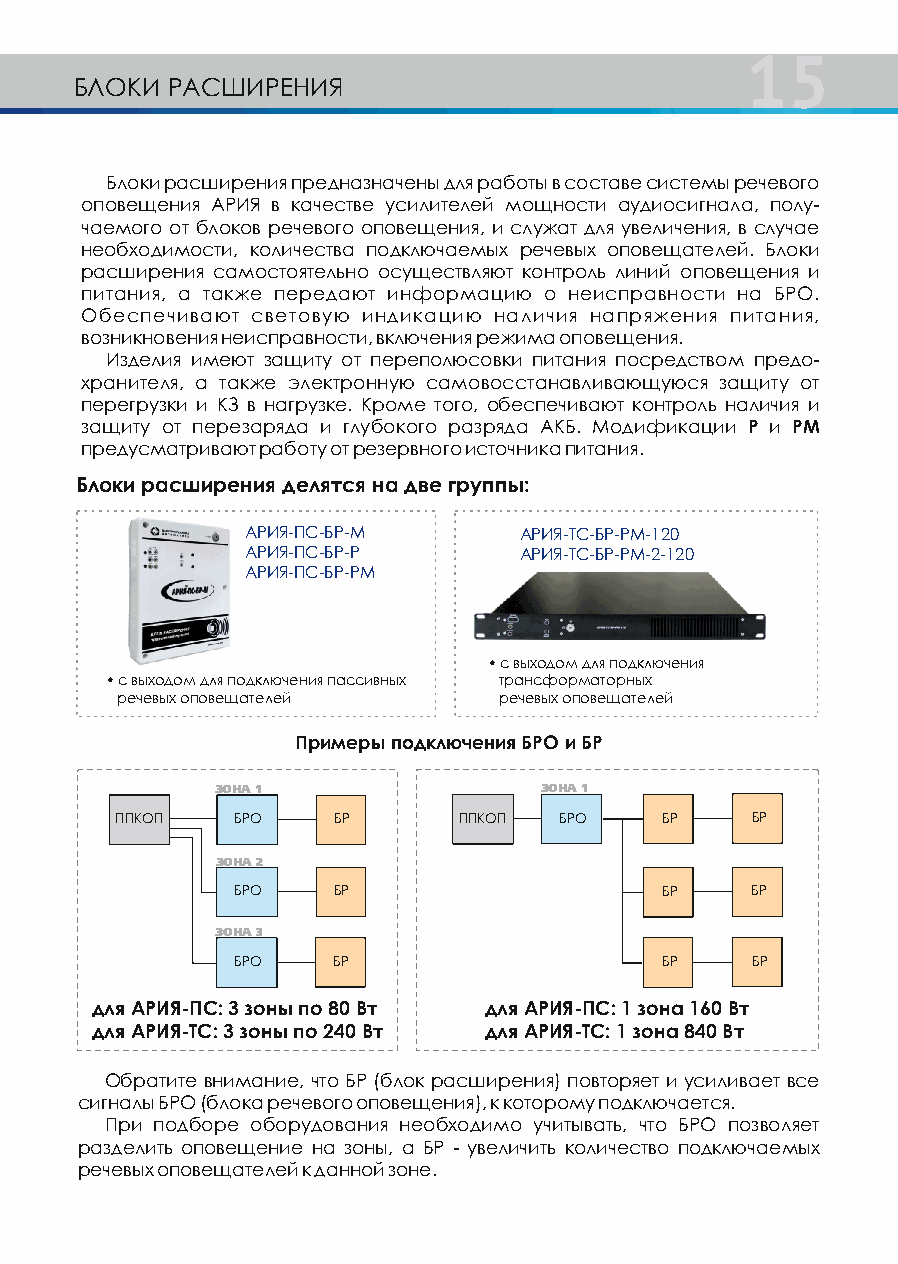
15
 БЛОКИ РАСШИРЕНИЯ
 Блоки расширения предназначены для работы в составе системы речевого
 оповещения АРИЯ в качестве усилителей мощности аудиосигнала, полу-
 чаемого от блоков речевого оповещения, и служат для увеличения, в случае
 необходимости, количества подключаемых речевых оповещателей. Блоки
 расширения самостоятельно осуществляют контроль линий оповещения и
 питания, а также передают информацию о неисправности на БРО.
 Обеспечивают световую индикацию наличия напряжения питания,
 возникновения неисправности, включения режима оповещения.
 Изделия имеют защиту от переполюсовки питания посредством предо-
 хранителя, а также электронную самовосстанавливающуюся защиту от
 перегрузки и КЗ в нагрузке. Кроме того, обеспечивают контроль наличия и
 защиту от перезаряда и глубокого разряда АКБ. Модификации Р и РМ
 предусматривают работу от резервного источника питания.
 Блоки расширения делятся на две группы:
 АРИЯ-ПС-БР-М      АРИЯ-ТС-БР-РМ-120
 АРИЯ-ПС-БР-Р      АРИЯ-ТС-БР-РМ-2-120
 АРИЯ-ПС-БР-РМ
 • с выходом для подключения
 • с выходом для подключения пассивных трансформаторных
 речевых оповещателей     речевых оповещателей
 Примеры подключения БРО и БР
 ÇÎÍÀ 1                ÇÎÍÀ 1
 ППКОП   БРО   БР      ППКОП  БРО    БР    БР
 ÇÎÍÀ 2
 БРО    БР                    БР    БР
 ÇÎÍÀ 3
 БРО    БР                    БР    БР
 для АРИЯ-ПС: 3 зоны по 80 Вт для АРИЯ-ПС: 1 зона 160 Вт
 для АРИЯ-ТС: 3 зоны по 240 Вт для АРИЯ-ТС: 1 зона 840 Вт
 Обратите внимание, что БР (блок расширения) повторяет и усиливает все
 сигналы БРО (блока речевого оповещения), к которому подключается.
 При подборе оборудования необходимо учитывать, что БРО позволяет
 разделить оповещение на зоны, а БР - увеличить количество подключаемых
 речевых оповещателей к данной зоне.